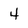
Character: 4